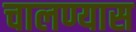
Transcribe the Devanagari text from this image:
चालण्यास